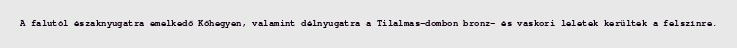
A falutól északnyugatra emelkedő Kőhegyen, valamint délnyugatra a Tilalmas-dombon bronz- és vaskori leletek kerültek a felszínre.